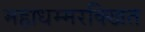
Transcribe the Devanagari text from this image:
महाधम्मरक्खित